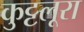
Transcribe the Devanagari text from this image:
कुट्टलूरा